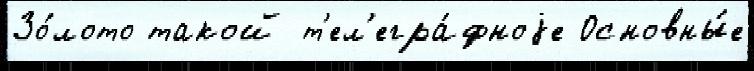
Зо́лото такой т'ел'егра́фноjе Основны́е